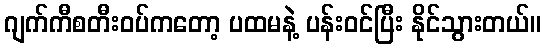
ဂျက်ကီစတီးဝပ်ကတော့ ပထမနဲ့ ပန်းဝင်ပြီး နိုင်သွားတယ်။